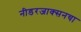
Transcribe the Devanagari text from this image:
नीडरजाक्सनचा